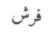
فرش